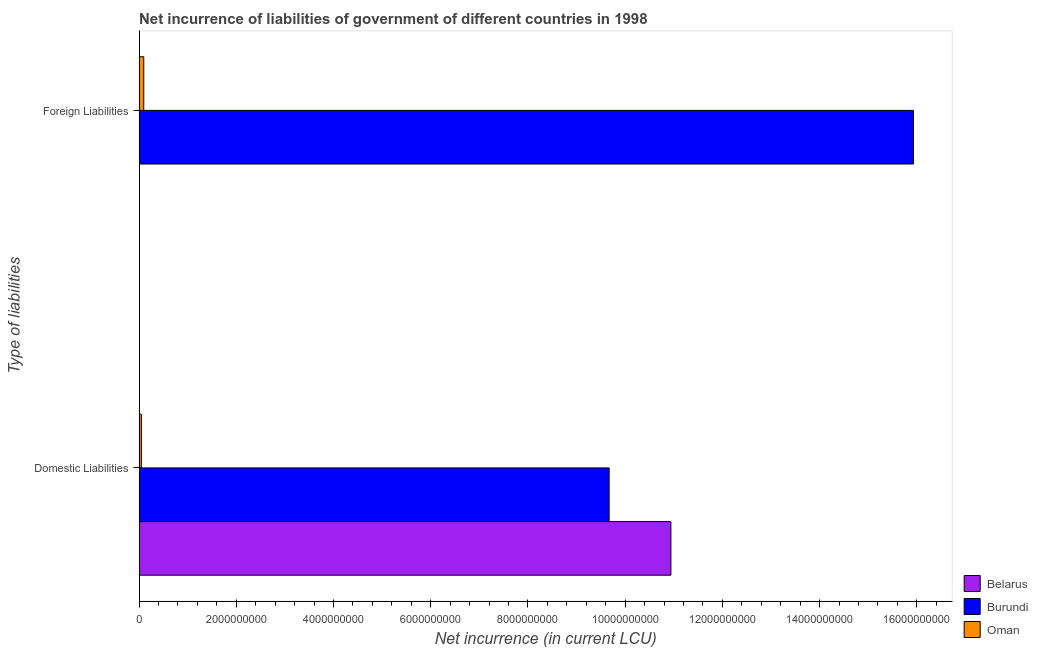
| Type of liabilities | Belarus | Burundi | Oman |
 | --- | --- | --- | --- |
 | Domestic Liabilities | 1.09e+10 | 9.67e+09 | 4.66e+07 |
 | Foreign Liabilities | -2.91e+09 | 1.59e+10 | 9.59e+07 |